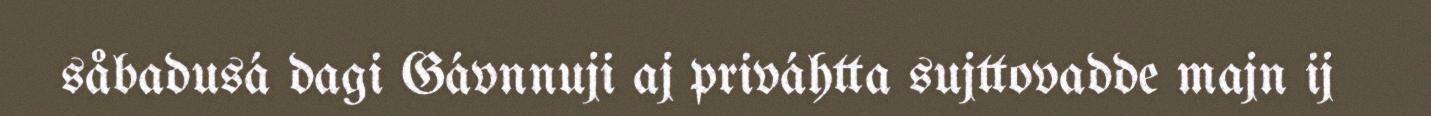
såbadusá dagi Gávnnuji aj priváhtta sujttovadde majn ij